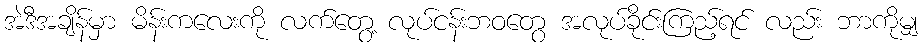
အဲဒီအချိန်မှာ မိန်းကလေးကို လက်တွေ့ လုပ်ငန်းဘဝတွေ အလုပ်ခိုင်းကြည့်ရင် လည်း ဘာကိုမျှ